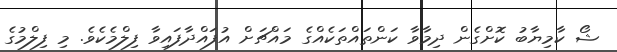
ޝޯ ކާމިޔާބު ކޮށްގެން ދިމާވާ ކަންތައްތަކެއްގެ މައްޗަށް އުފައްދާފައިވާ ފިލްމެކެވެ. މި ފިލްމުގެ